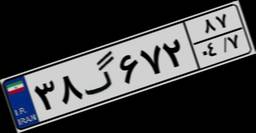
۳۸گ۶۷۲۸۷